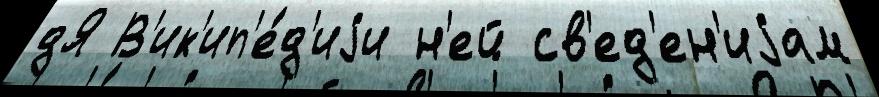
дЯ В'ик'ип'е́д'иjи н'ей св'ед'ен'иjам